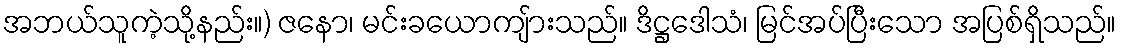
အဘယ်သူကဲ့သို့နည်း။) ဇနော၊ မင်းခယောကျ်ားသည်။ ဒိဋ္ဌဒေါသံ၊ မြင်အပ်ပြီးသော အပြစ်ရှိသည်။